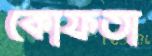
কোফতা